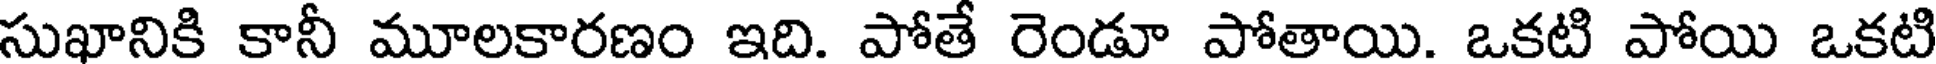
సుఖానికి కానీ మూలకారణం ఇది. పోతే రెండూ పోతాయి. ఒకటి పోయి ఒకటి